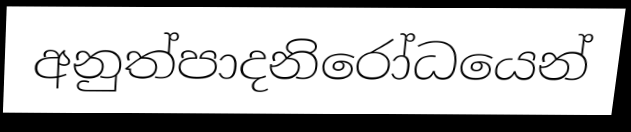
අනුත්පාදනිරෝධයෙන්